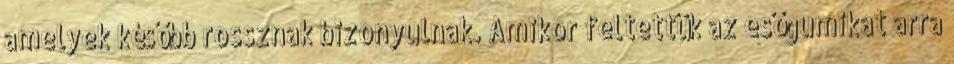
amelyek később rossznak bizonyulnak. Amikor feltettük az esőgumikat arra